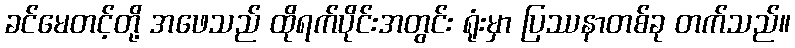
ခင်မေတင့်တို့ အဖေသည် ထိုရက်ပိုင်းအတွင်း ရုံးမှာ ပြဿနာတစ်ခု တက်သည်။